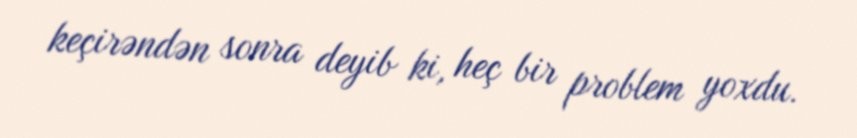
keçirəndən sonra deyib ki, heç bir problem yoxdu.